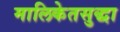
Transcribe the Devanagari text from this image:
मालिकेतसुद्धा